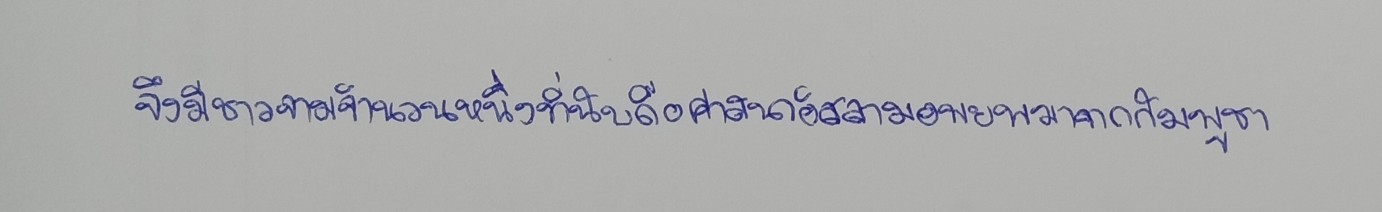
จึงมีชาวจามจำนวนหนึ่งที่นับถือศาสนาอิสลามอพยพมาจากกัมพูชา